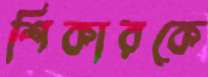
শিকারকে